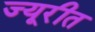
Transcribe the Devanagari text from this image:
ज्यूरीत